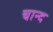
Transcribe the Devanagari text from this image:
चान्‍द